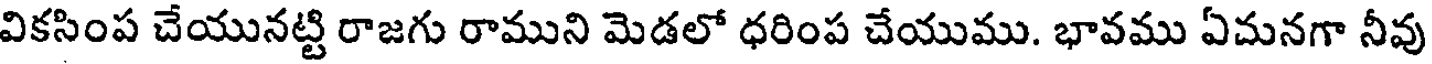
వికసింప చేయునట్టి రాజగు రాముని మెడలో ధరింప చేయుము. భావము ఏమనగా నీవు